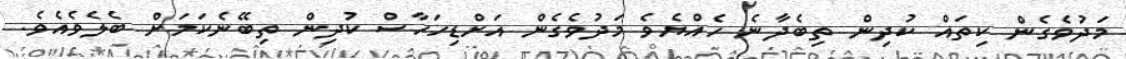
މަދުވެގެން ކިތައް ކުދިން ތިބެދާނެ ހެއްޔެވެ މަދުވެގެން އަށްޑިހަހާސް ކުދިން ތިބޭނެކަމަށް ބެލެވެއެވެ.